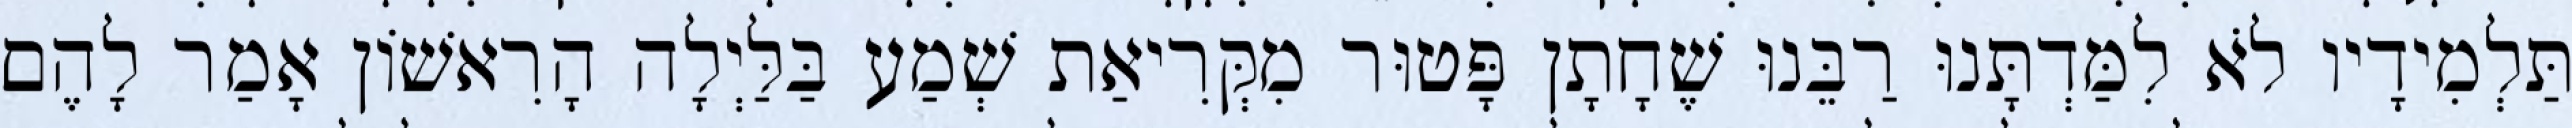
תַּלְמִידָיו לֹא לִמַּדְתָּנוּ רַבֵּנוּ שֶׁחָתָן פָּטוּר מִקְּרִיאַת שְׁמַע בַּלַּיְלָה הָרִאשׁוֹן אָמַר לָהֶם